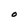
Character: O